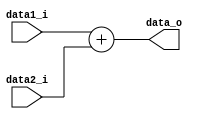
module Adder(
	data1_i,	// inst_addr
	data2_i,	// 32'd4
	data_o		// PC.pc_i
);

input [31:0] data1_i, data2_i;
output [31:0] data_o;

assign data_o = data1_i + data2_i;

endmodule